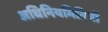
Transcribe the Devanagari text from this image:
अधिनियमितियों